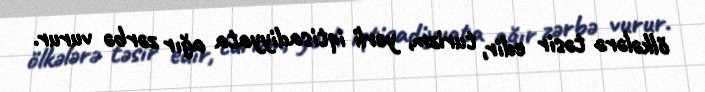
ölkələrə təsir edir, turizm, yerli iqtisadiyyata ağır zərbə vurur.